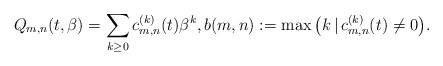
\begin{gather*} Q_{m,n}(t,\beta)=\sum_{k \ge 0} c_{m,n}^{(k)}(t) \beta^k, b(m,n):= \max\big( k \,|\, c_{m,n}^{(k)}(t) \not= 0 \big). \end{gather*}